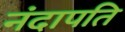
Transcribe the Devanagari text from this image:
नंदापति